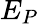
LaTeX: E_{P}